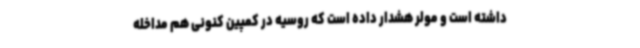
داشته است و مولر هشدار داده است که روسیه در کمپین کنونی هم مداخله